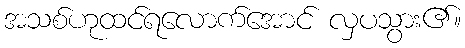
အသစ်ဟုထင်ရလောက်အောင် လှပသွား၏။